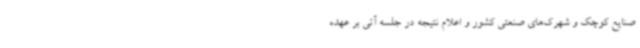
صنایع کوچک و شهرک‌های صنعتی کشور و اعلام نتیجه در جلسه آتی بر عهده